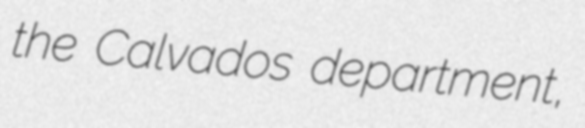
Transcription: the Calvados department,